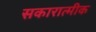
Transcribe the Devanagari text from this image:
सकारात्मीक